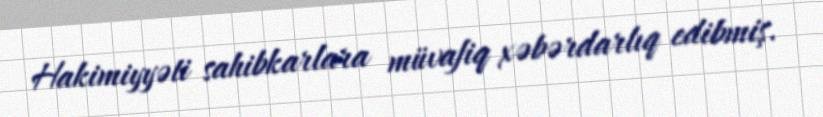
Hakimiyyəti sahibkarlara müvafiq xəbərdarlıq edibmiş.